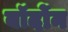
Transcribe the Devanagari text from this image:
बॉर्दोन